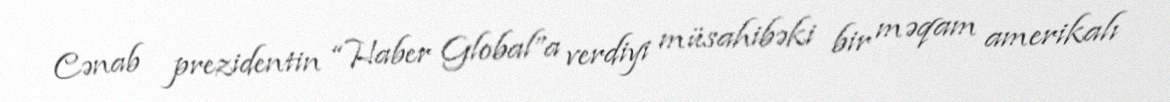
Cənab prezidentin “Haber Global”a verdiyi müsahibəki bir məqam amerikalı